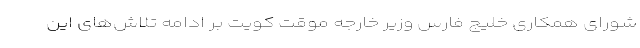
شورای همکاری خلیج فارس وزیر خارجه موقت کویت بر ادامه تلاش‌های این